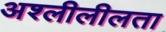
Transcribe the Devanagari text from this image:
अश्लीलीलता